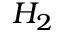
H _ { 2 }